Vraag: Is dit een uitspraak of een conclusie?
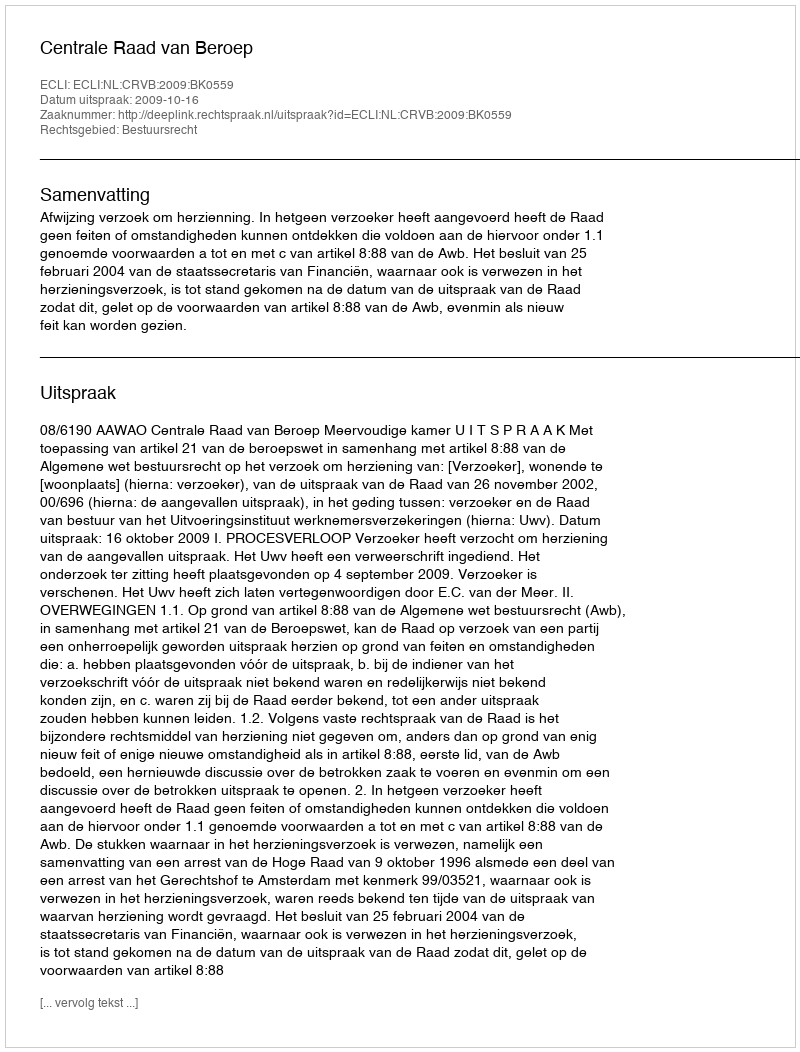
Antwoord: Uitspraak